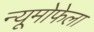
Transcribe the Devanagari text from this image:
न्यूमोफेला